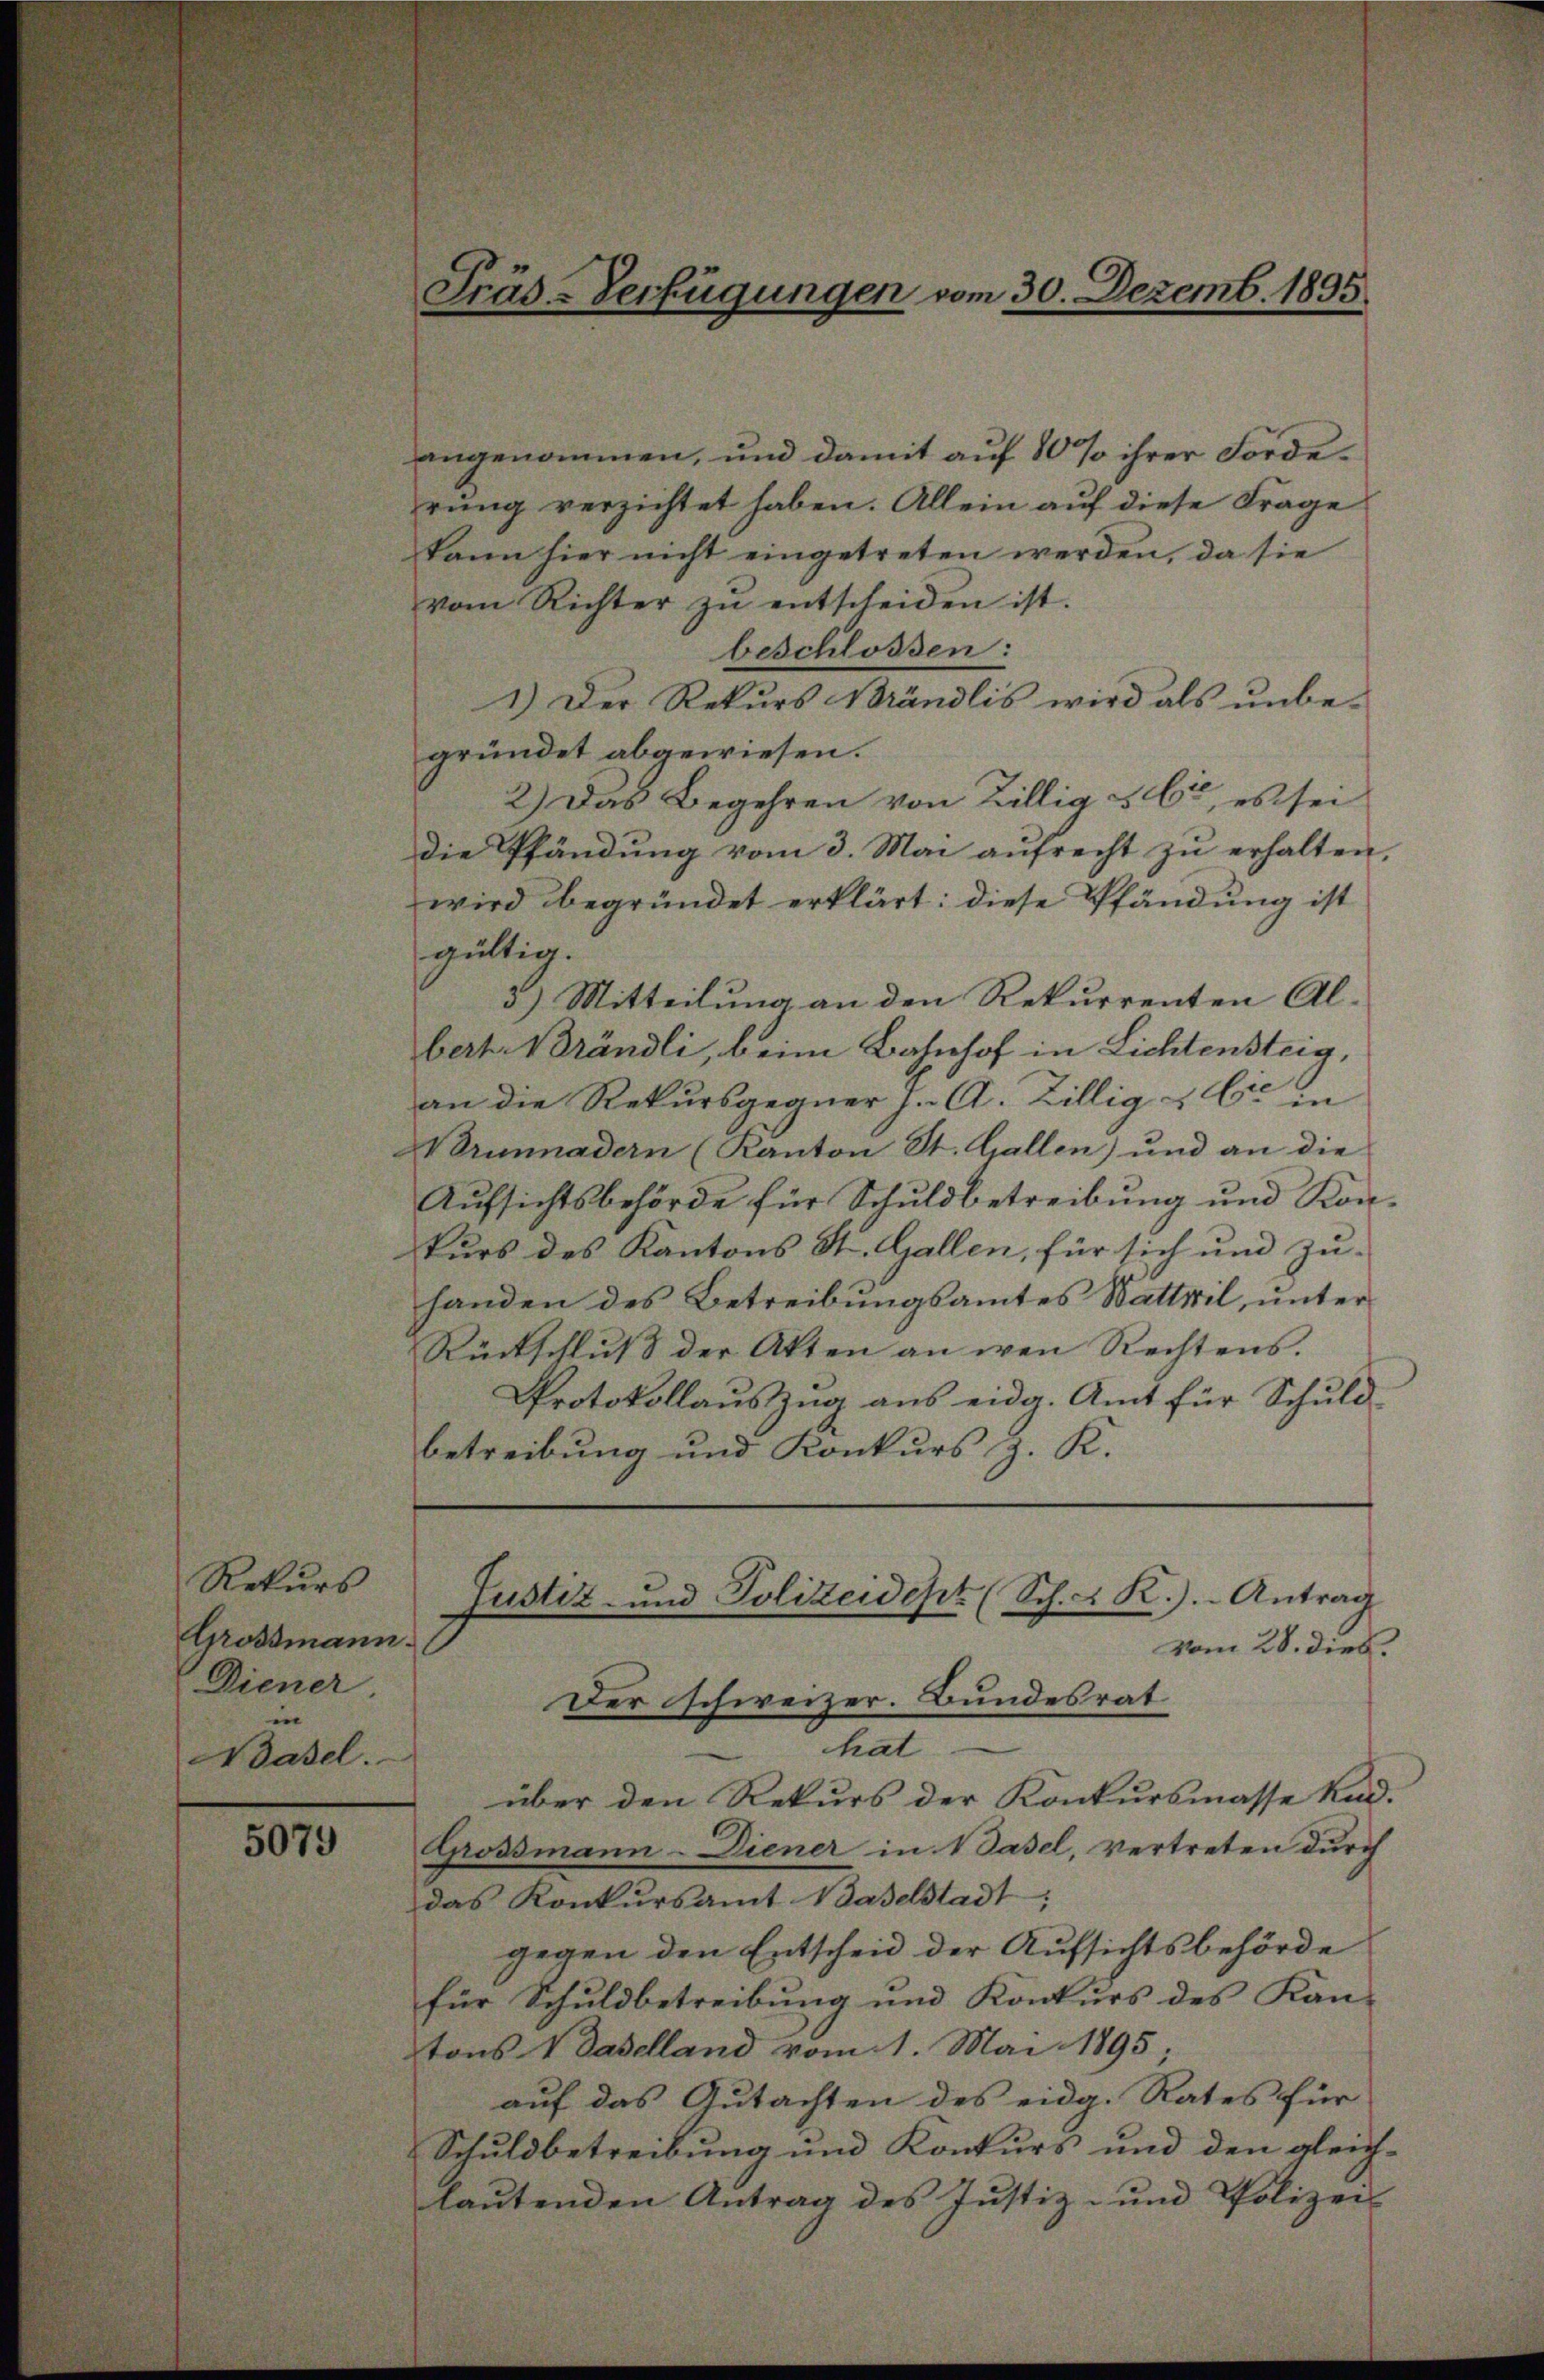
Rekurs
Grossmann.
Diener
n
Basel.

5079

Präs-Verfügungen vom 30. Dezemb. 1895.

angenommen, und damit auf 80% ihrer Förderung verzichtet haben. Allein auf diese Frage
kann hier nicht eingetreten werden, da sie
vom Richter zŭ entscheiden ist.
beschlossen:
1.) Der Rekurs Brändlis wird als unbe-
gründet abgewiesen.
2.) Das Begehren von Zillig u. 62, es sei
die Pfändung vom 3. Mai aŭfrecht zŭ erhalten.
wird begründet erklärt: diese Pfändung ist
gültig.
d.) Mitteilung an den Rekurrenten Al-
beit. Brändli, beim Bahnhof in Lichtensteig,
an die Rekursgegner J. A. Zillig & Cie in
Brunnadern (Kanton St. Gallen) und an die
Aufsichtsbehörde für Schuldbetreibung und Konkurs des Kantons St. Gallen, für sich und zuhanden des Betreibungsamtes Wattwil, unter
Rückschlŭβ der Akten an wen Rechtens.
Protokollauszug aus eidg. Amt für Schuld-
betreibung und Konkurs z. K.
Justiz- und Polizeidept (Sch. LR.). Antrag
vom 28. dies.
Der schweizer. Bundesrat
hat
über den Rekurs der Konkursmasse Kad.
Grossmann-Diener in Vasel, vertreten durch
das Konkursamt Baselstadt;
gegen den Entscheid der Aufsichtsbehörde
für Schuldbetreibung und Konkurs des Kan-
tons V. Daselland vom 1. Mai 1895;
auf das Gutachten des eidg. Rates für
Schuldbetreibung und Konkurs und den gleich-
lautenden Antrag des Justiz- und Polizei